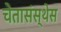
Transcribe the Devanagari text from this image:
चेतासंस्थेस